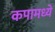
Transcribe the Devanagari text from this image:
कपामध्ये